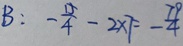
B : - \frac { 1 5 } { 4 } - 2 \times 7 = - \frac { 7 9 } { 4 }